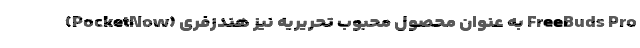
(PocketNow) به عنوان محصول محبوب تحریریه نیز هندزفری FreeBuds Pro